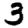
Digit: 3